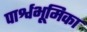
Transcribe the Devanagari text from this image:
पार्श्वभूमिका